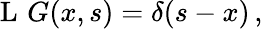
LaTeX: \operatorname{L}\, G(x,s)=\delta(s-x)\, ,